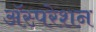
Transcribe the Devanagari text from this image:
अॅस्परेशन